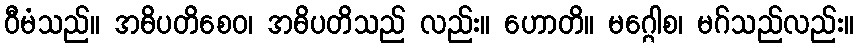
ဝီမံသည်။ အဓိပတိစေဝ၊ အဓိပတိသည် လည်း။ ဟောတိ။ မဂ္ဂေါစ၊ မဂ်သည်လည်း။